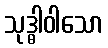
သုဒ္ဓါဝါသော